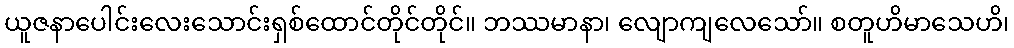
ယူဇနာပေါင်းလေးသောင်းရှစ်ထောင်တိုင်တိုင်။ ဘဿမာနာ၊ လျောကျလေသော်။ စတူဟိမာသေဟိ၊